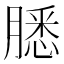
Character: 𬛐